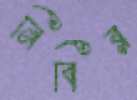
নিবির